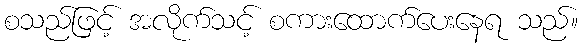
စသည်ဖြင့် အလိုက်သင့် စကားထောက်ပေးနေရ သည်။